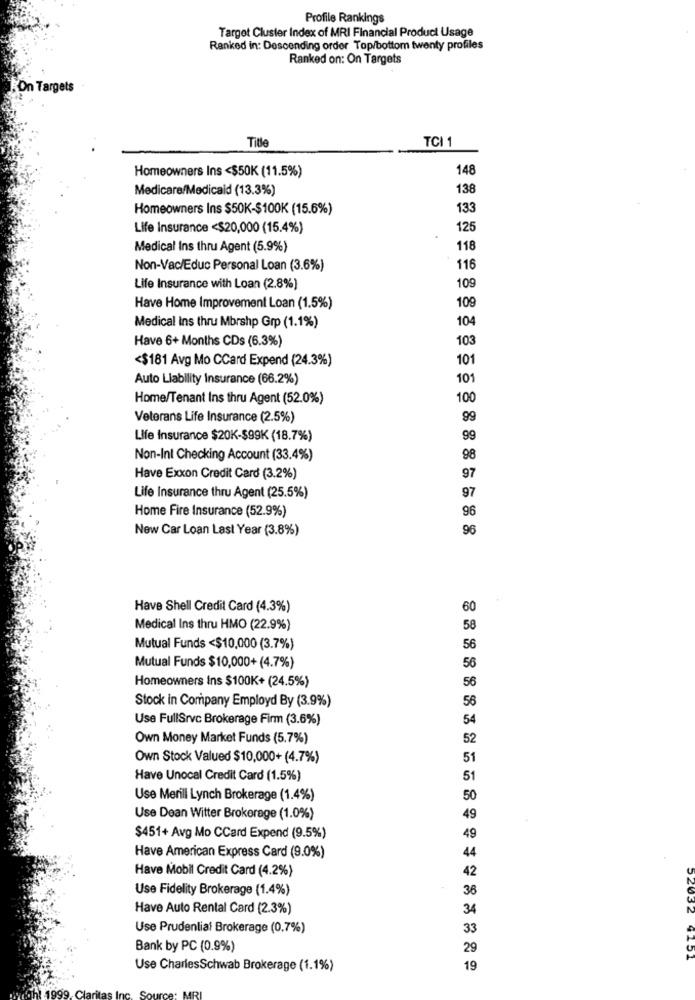
Profile Rankings
Target Cluster Index of MRI Financial Product Usage
Ranked in: Descending order Top/bottom twenty profiles
Ranked on: On Targets
On Targets
Title
TCI 1
Homeowners Ins <$50K (11.5%)
148
Medicare/Medicald (13.3%)
138
Homeowners Ins $50K-$100K (15.6%)
133
Life Insurance <$20,000 (15.4%)
125
Medical Ins thru Agent (5.9%)
118
Non-Vac/Educ Personal Loan (3.6%)
116
Life Insurance with Loan (2.8%)
109
Have Home Improvement Loan (1.5%)
109
104
Medical Ins thru Mbrshp Grp (1.1%)
Have 6+ Months CDs (6.3%)
103
<$181 Avg Mo CCard Expend (24.3%)
101
Auto Liability Insurance (66.2%)
101
Home/Tenant Ins thru Agent (52.0%)
100
Veterans Life Insurance (2.5%)
99
Life Insurance $20K-$99K (18.7%)
99
Non-Int Checking Account (33.4%)
98
Have Exxon Credit Card (3.2%)
97
97
Life Insurance thru Agent (25.5%)
Home Fire Insurance (52.9%)
96
New Car Loan Last Year (3.8%)
96
Have Shell Credit Card (4.3%)
Medical Ins thru HMO (22.9%)
Mutual Funds <$10,000 (3.7%)
Mutual Funds $10,000+ (4.7%)
Homeowners Ins $100K+ (24.5%)
Stock in Company Employd By (3.9%)
Use FullSrvc Brokerage Firm (3.6%)
Own Money Market Funds (5.7%)
Own Stock Valued $10,000+ (4.7%)
Have Unocal Credit Card (1.5%)
Use Merill Lynch Brokerage (1.4%)
Use Dean Witter Brokerage (1.0%)
$451+ Avg Mo CCard Expend (9.5%)
Have American Express Card (9.0%)
Have Mobil Credit Card (4.2%)
Use Fidelity Brokerage (1.4%)
Have Auto Rental Card (2.3%)
Use Prudenliaf Brokerage (0.7%)
Bank by PC (0.9%)
29
52032 4151
Use CharlesSchwab Brokerage (1.1%)
19